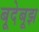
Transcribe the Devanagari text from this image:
बूदेबूझ